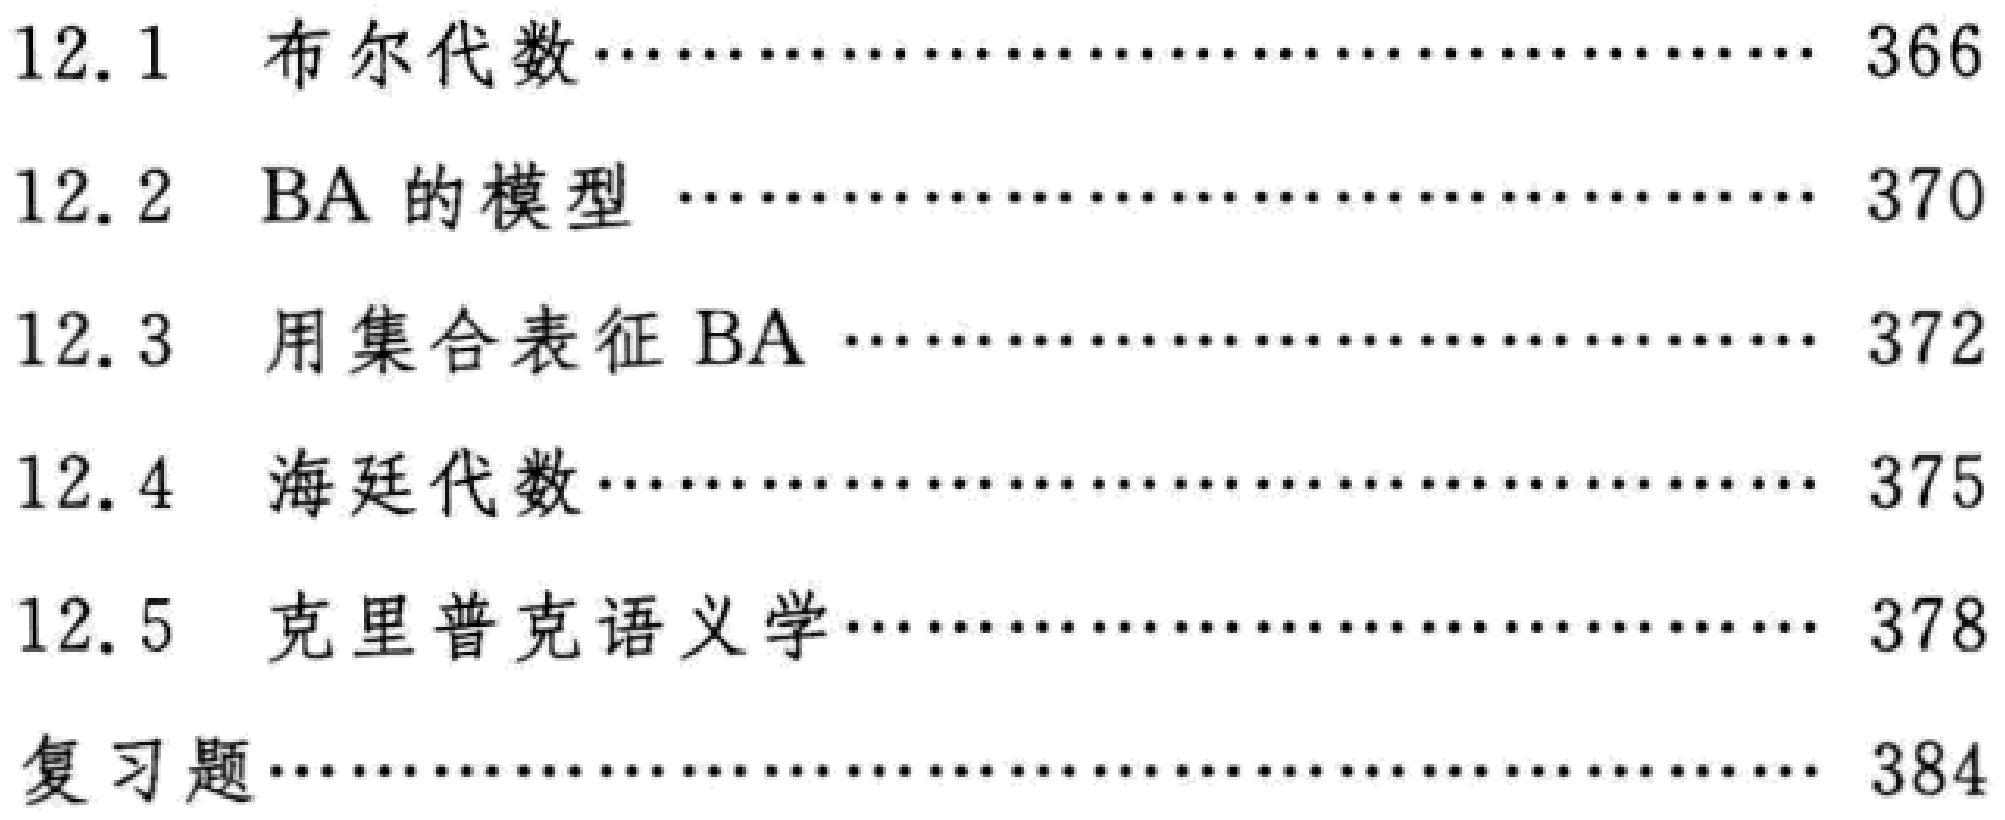
\begin{enumerate}

\item[12.1] 布尔代数\hfill 366

\item[12.2] BA的模型\hfill 370

\item[12.3] 用集合表征BA\hfill 372

\item[12.4] 海廷代数\hfill 375

\item[12.5] 克里普克语义学\hfill 378

\item[复习题]\hfill 384

\end{enumerate}